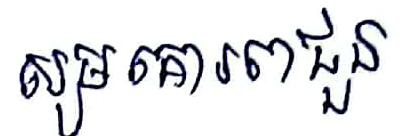
សូមគោរពជួន